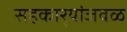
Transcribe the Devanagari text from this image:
सहकार्‍यांजवळ